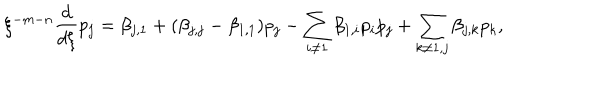
\xi ^ { - m - n } \frac { d } { d \xi } p _ { j } = \beta _ { j , 1 } + ( \beta _ { j , j } - \beta _ { 1 , 1 } ) p _ { j } - \sum _ { i \ne 1 } \beta _ { 1 , i } p _ { i } p _ { j } + \sum _ { k \ne 1 , j } \beta _ { j , k } p _ { k } ,